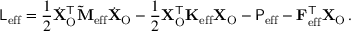
\mathsf { L } _ { \mathrm { e f f } } = \frac { 1 } { 2 } \dot { \mathbf { X } } _ { \mathrm { O } } ^ { \mathsf { T } } \mathbf { \widetilde { M } } _ { \mathrm { e f f } } \dot { \mathbf { X } } _ { \mathrm { O } } - \frac { 1 } { 2 } \mathbf { X } _ { \mathrm { O } } ^ { \mathsf { T } } \mathbf { K } _ { \mathrm { e f f } } \mathbf { X } _ { \mathrm { O } } - \mathsf { P } _ { \mathrm { e f f } } - \mathbf { F } _ { \mathrm { e f f } } ^ { \mathsf { T } } \mathbf { X } _ { \mathrm { O } } \, .